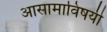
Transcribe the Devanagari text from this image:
आसामाविषयी